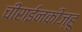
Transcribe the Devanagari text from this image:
चीराईनकीज्हू